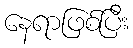
နေရာဖြစ်ပြီး